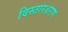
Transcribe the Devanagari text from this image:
विस्तारशरण